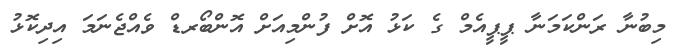
މިބުނާ ރަންކަމަނާ ޕީޕީއެމް ގެ ކަޅު އޮށް ފުންމިއަށް އޮންބޯރޑް ވެއްޖެނަމަ އިދިކޮޅު